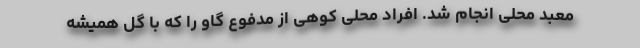
معبد محلی انجام شد. افراد محلی کوهی از مدفوع گاو را که با گل همیشه